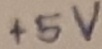
Text: +5V